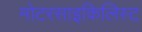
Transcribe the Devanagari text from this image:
मोटरसाइकिलिस्ट